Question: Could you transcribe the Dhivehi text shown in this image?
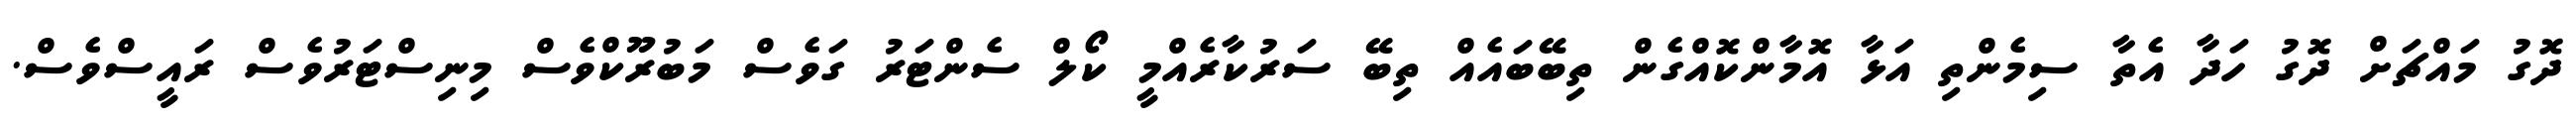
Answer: ދޮގު މައްޗަށް ދޮގު ހަދާ އެތާ ސިމެންތި އަޅާ އޮމާންކޮއްގެން ތިބޭބައެއް ތިބޭ ސަރުކާރެއްމީ ކޯލް ސެންޓަރު ގަވެސް މަބުރޫކްވެސް މިނިސްޓަރުވެސް ރައީސްވެސް.